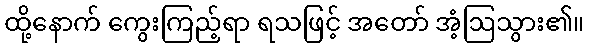
ထို့နောက် ကွေးကြည့်ရာ ရသဖြင့် အတော် အံ့ဩသွား၏။